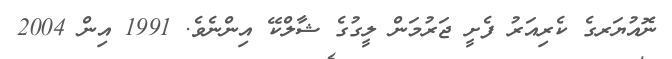
ނޮއުޔަރގެ ކެރިއަރު ފެށީ ޖަރުމަން ލީގުގެ ޝާލްކޭ އިންނެވެ. 1991 އިން 2004